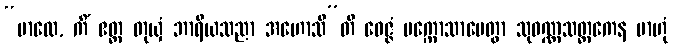
“ဗာလေ, ကိံ ဧတ္ထ တုယှံ ဘာရိယသညာ အဟောသီ”တိ ဝေဇ္ဇံ ပက္ကောသာပေတွာ သုဝဏ္ဏသတ္ထကေန ဗာဟုံ